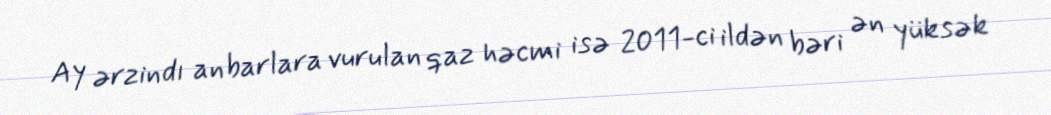
Ay ərzindı anbarlara vurulan qaz həcmi isə 2011-ci ildən bəri ən yüksək